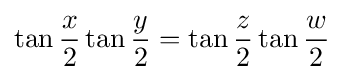
\tan {\frac {x}{2}}\tan {\frac {y}{2}}=\tan {\frac {z}{2}}\tan {\frac {w}{2}}